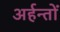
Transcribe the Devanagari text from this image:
अर्हन्तों